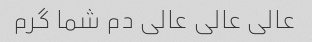
عالی عالی عالی دم شما گرم